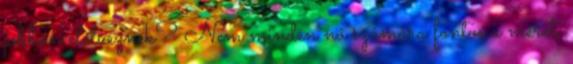
jobban elélveznek? Nem minden nő számára fontos a méret,